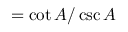
= { \cot A / \csc A }